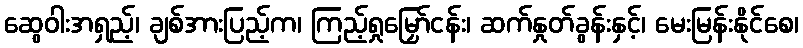
ဆွေဝါးအရှည့်၊ ချစ်အားပြည့်က၊ ကြည့်ရှုမြှော်ငန်း၊ ဆက်နှုတ်ခွန်းနှင့်၊ မေးမြန်းနိုင်စေ၊